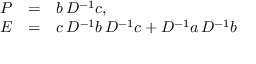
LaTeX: \begin{array} { l l l } { { { \cal P } } } & { { = } } & { { b \, D ^ { - 1 } c , } } \\ { { { \cal E } } } & { { = } } & { { c \, D ^ { - 1 } b \, D ^ { - 1 } c + D ^ { - 1 } a \, D ^ { - 1 } b } } \end{array}